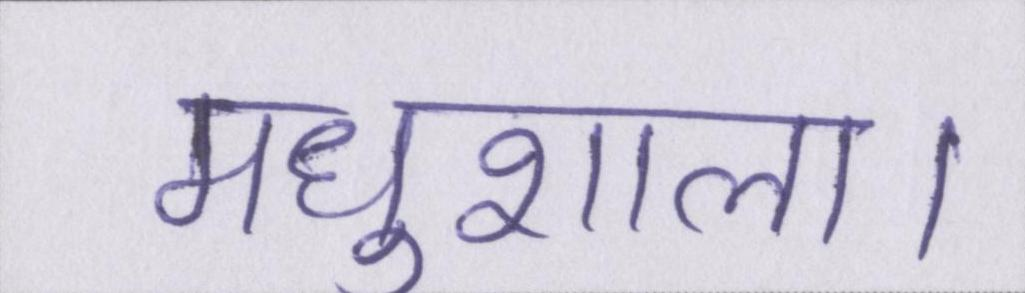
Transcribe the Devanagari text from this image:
मधुशाला।